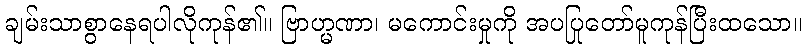
ချမ်းသာစွာနေရပါလိုကုန်၏။ ဗြာဟ္မဏာ၊ မကောင်းမှုကို အပပြုတော်မူကုန်ပြီးထသော။